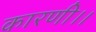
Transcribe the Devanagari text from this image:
कारणी।।